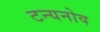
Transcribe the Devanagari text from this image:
टन्यनोव